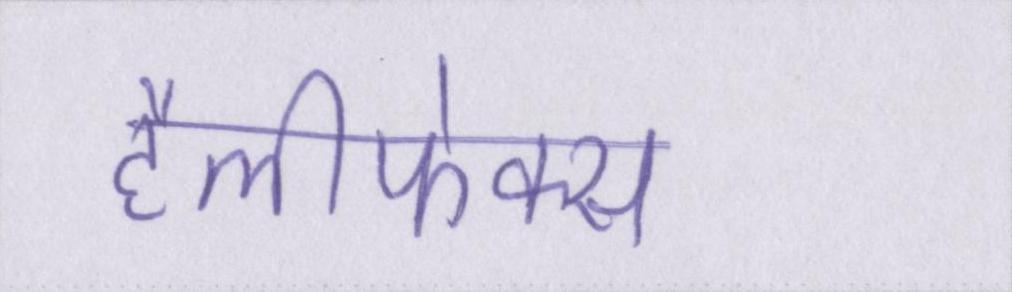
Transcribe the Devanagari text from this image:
हैलीफेक्स